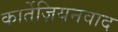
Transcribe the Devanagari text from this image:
कार्तेज़ियनवाद